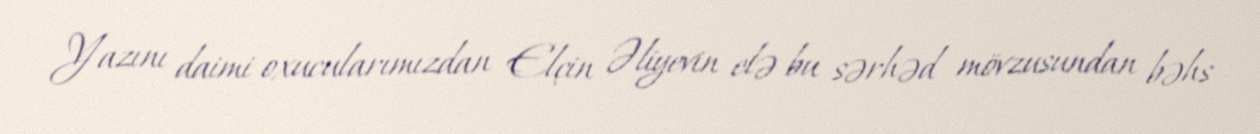
Yazını daimi oxucularımızdan Elçin Əliyevin elə bu sərhəd mövzusundan bəhs